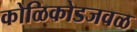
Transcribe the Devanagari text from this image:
कोळिकोडजवळ